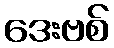
ဒေးဗစ်